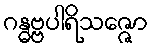
ဂန္ဓဗ္ဗပါရိသဇ္ဇော